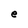
Character: e